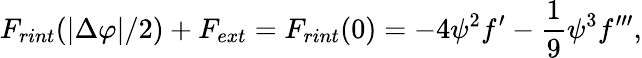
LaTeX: F_{rint}(|\Delta\varphi|/2)+F_{ext}=F_{rint}(0)=-4\psi^{2}f^{\prime}-{\frac{1}{9}}{\psi}^{3}f^{\prime\prime\prime},